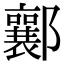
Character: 𨟚